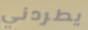
يطردني